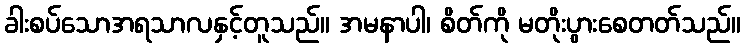
ခါးစပ်သောအရသာလနှင့်တူသည်။ အမနာပါ၊ စိတ်ကို မတိုးပွားစေတတ်သည်။